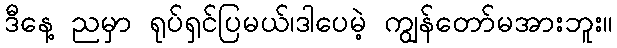
ဒီနေ့ ညမှာ ရုပ်ရှင်ပြမယ်၊ဒါပေမဲ့ ကျွန်တော်မအားဘူး။